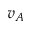
v _ { A }